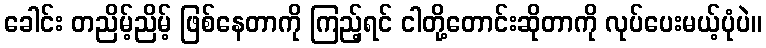
ခေါင်း တညိမ့်ညိမ့် ဖြစ်နေတာကို ကြည့်ရင် ငါတို့တောင်းဆိုတာကို လုပ်ပေးမယ့်ပုံပဲ။